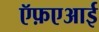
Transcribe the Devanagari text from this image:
ऍफ़एआई